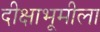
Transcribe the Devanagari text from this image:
दीक्षाभूमीला